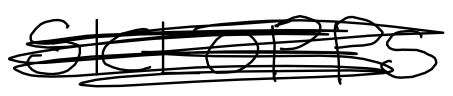
Text: SICLOPPS
Cross-out: scratch
Writing tool: digital_black